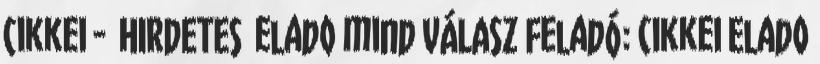
cikkei - HIRDETES elado mind VÁLASZ Feladó: cikkei Elado